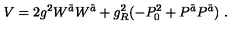
V = 2 g ^ { 2 } W ^ { \tilde { a } } W ^ { \tilde { a } } + g _ { R } ^ { 2 } ( - P _ { 0 } ^ { 2 } + P ^ { \tilde { a } } P ^ { \tilde { a } } ) \ .